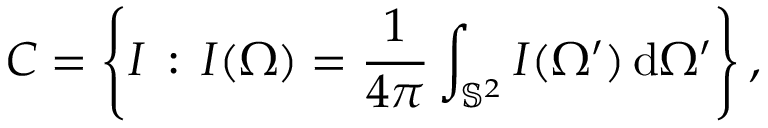
C = \left\{ I \, : \, I ( \Omega ) = \frac { 1 } { 4 \pi } \int _ { \mathbb { S } ^ { 2 } } I ( \Omega ^ { \prime } ) \, \mathrm { d } \Omega ^ { \prime } \right\} ,